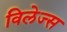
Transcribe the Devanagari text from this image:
विलेज्स